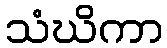
သံဃိကာ